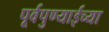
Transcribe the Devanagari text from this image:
पूर्वपुण्याईच्या